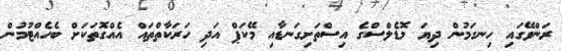
ރަންވޭގައި ހިނގަމުން ދިޔަ މޮޑެލްސްގެ އިސްތަށިގަނޑާއި މޭކަޕް އަދި ހަރަކާތްތައް އެއްގޮތަކަށް ބެހެއްޓުމުން